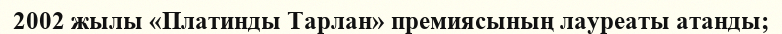
2002 жылы «Платинды Тарлан» премиясының лауреаты атанды;